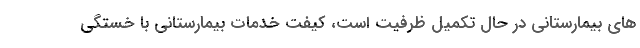
های بیمارستانی در حال تکمیل ظرفیت است، کیفت خدمات بیمارستانی با خستگی